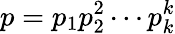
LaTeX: p=p_{1}p_{2}^{2}\cdots p_{k}^{k}